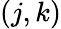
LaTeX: \left({j,k}\right)